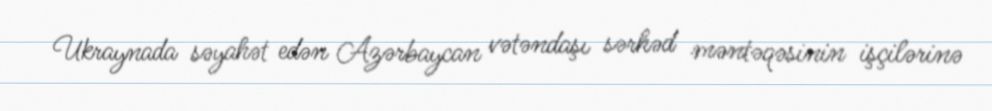
Ukraynada səyahət edən Azərbaycan vətəndaşı sərhəd məntəqəsinin işçilərinə